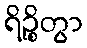
ရိဉ္စိတွာ